Civil Veterinary Department Bengal reports 1923-33 - 1923-1933
Year: 1923
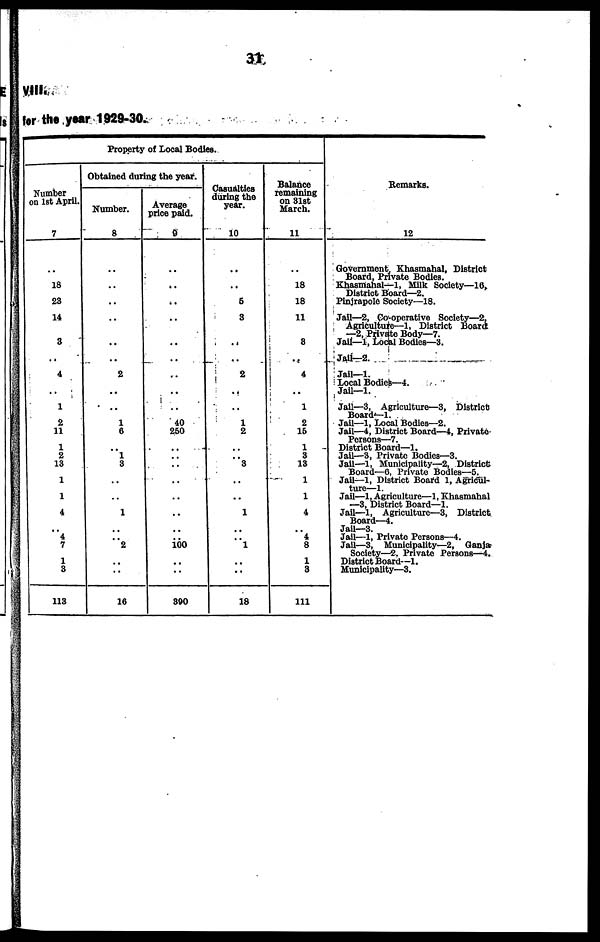
VIII.
for the year 1929-30.
Property of Local Bodies.
Number
on 1st April.
7
..
18
23
14
3
4
1
2
11
1
2
13
1
1
4
4
7
1
3
113
Obtained during the year.
Number.
8
..
..
..
..
..
2
..
1
6
..
1
3
..
..
1
..
2
..
..
16
Average
price paid.
9
..
..
..
..
..
..
..
40
260
..
..
..
..
..
..
..
..
100
..
..
890
Casualties
during the
year.
10
..
..
6
3
..
2
..
..
1
2
..
3
..
..
..
1
1
..
..
18
Balance
remaining
on 31st
March.
11
..
18
18
11
8
..
4
..
1
2
15
1
3
13
1
1
4
4
8
1
8
111
Remarks.
12
Government Khasmahal, District
Board, Private Bodies.
Khasmahal—1, Milk Society—16,
District Board—2.
Pinjrapole Society—18.
Jail—2. Co-operative Society—2.
Agriculture—1, District Board
—2, Private Body—7.
Jail—1. Local Bodies—3.
Jail—2.
Jail—1.
Local Bodies—4.
Jail—1.
Jail—3. Agriculture—3, District
Board-1.
Jail—1, Local Bodies—2.
Jail—4, District Board—4, Private
Persons—7.
District Board—1.
Jail—3, Private Bodies—3.
Jail—1. Municipality—2. District
Board—6, Private Bodies—5.
Jail—1, District Board 1, Agricul-
ture—1.
Jail—1, Agriculture—1, Khasmahal
—3, District Board—1.
Jail—1, Agriculture—3, District
Board—4.
Jail—3.
Jail—1, Private Persons—4.
Jail—3, Municipality—2, Ganja-
Society—2. Private Persons—4.
District Board—1.
Municipality—3.